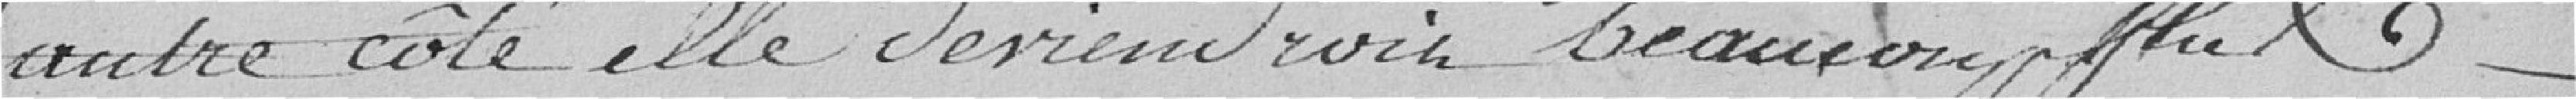
autre côté elle deviendrait beaucoup plus